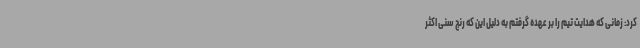
کرد: زمانی که هدایت تیم را بر عهده گرفتم به دلیل این که رنج سنی اکثر